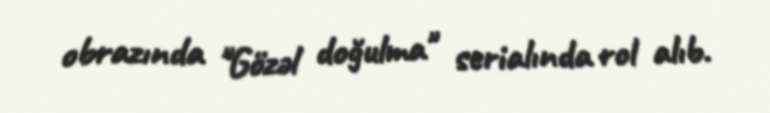
obrazında "Gözəl doğulma" serialında rol alıb.